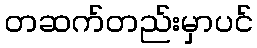
တဆက်တည်းမှာပင်